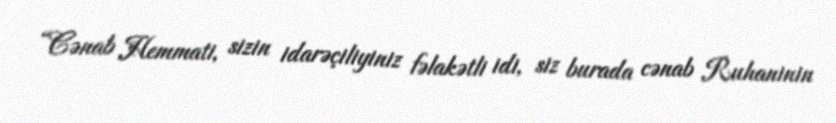
“Cənab Hemmati, sizin idarəçiliyiniz fəlakətli idi, siz burada cənab Ruhaninin